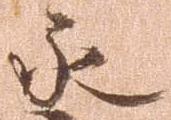
永